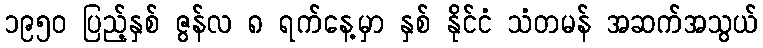
၁၉၅၀ ပြည့်နှစ် ဇွန်လ ၈ ရက်နေ့မှာ နှစ် နိုင်ငံ သံတမန် အဆက်အသွယ်